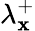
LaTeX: \lambda_{\mathbf{x}}^{+}